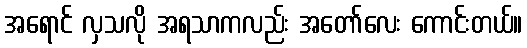
အရောင် လှသလို အရသာကလည်း အတော်လေး ကောင်းတယ်။